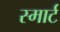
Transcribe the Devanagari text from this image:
स्‍मार्ट